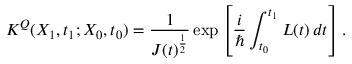
K ^ { Q } ( X _ { 1 } , t _ { 1 } ; X _ { 0 } , t _ { 0 } ) = { \frac { 1 } { J ( t ) ^ { \frac { 1 } { 2 } } } } \exp \left[ { \frac { i } { \hbar } } \int _ { t _ { 0 } } ^ { t _ { 1 } } L ( t ) \, d t \right] .